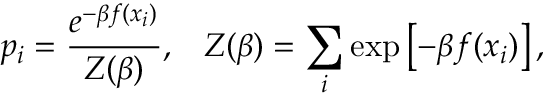
p _ { i } = { \frac { e ^ { - \beta f ( x _ { i } ) } } { Z ( \beta ) } } , \, \, \, \, \, Z ( \beta ) = \sum _ { i } { \exp \left[ { - \beta f ( x _ { i } ) } \right] , }